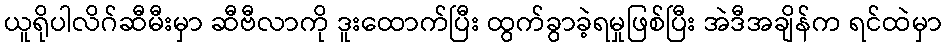
ယူရိုပါလိဂ်ဆီမီးမှာ ဆီဗီလာကို ဒူးထောက်ပြီး ထွက်ခွာခဲ့ရမှုဖြစ်ပြီး အဲဒီအချိန်က ရင်ထဲမှာ